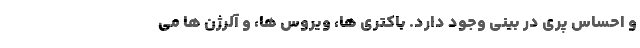
و احساس پری در بینی وجود دارد. باکتری ها، ویروس ها، و آلرژن ها می